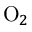
\mathrm { O } _ { 2 }